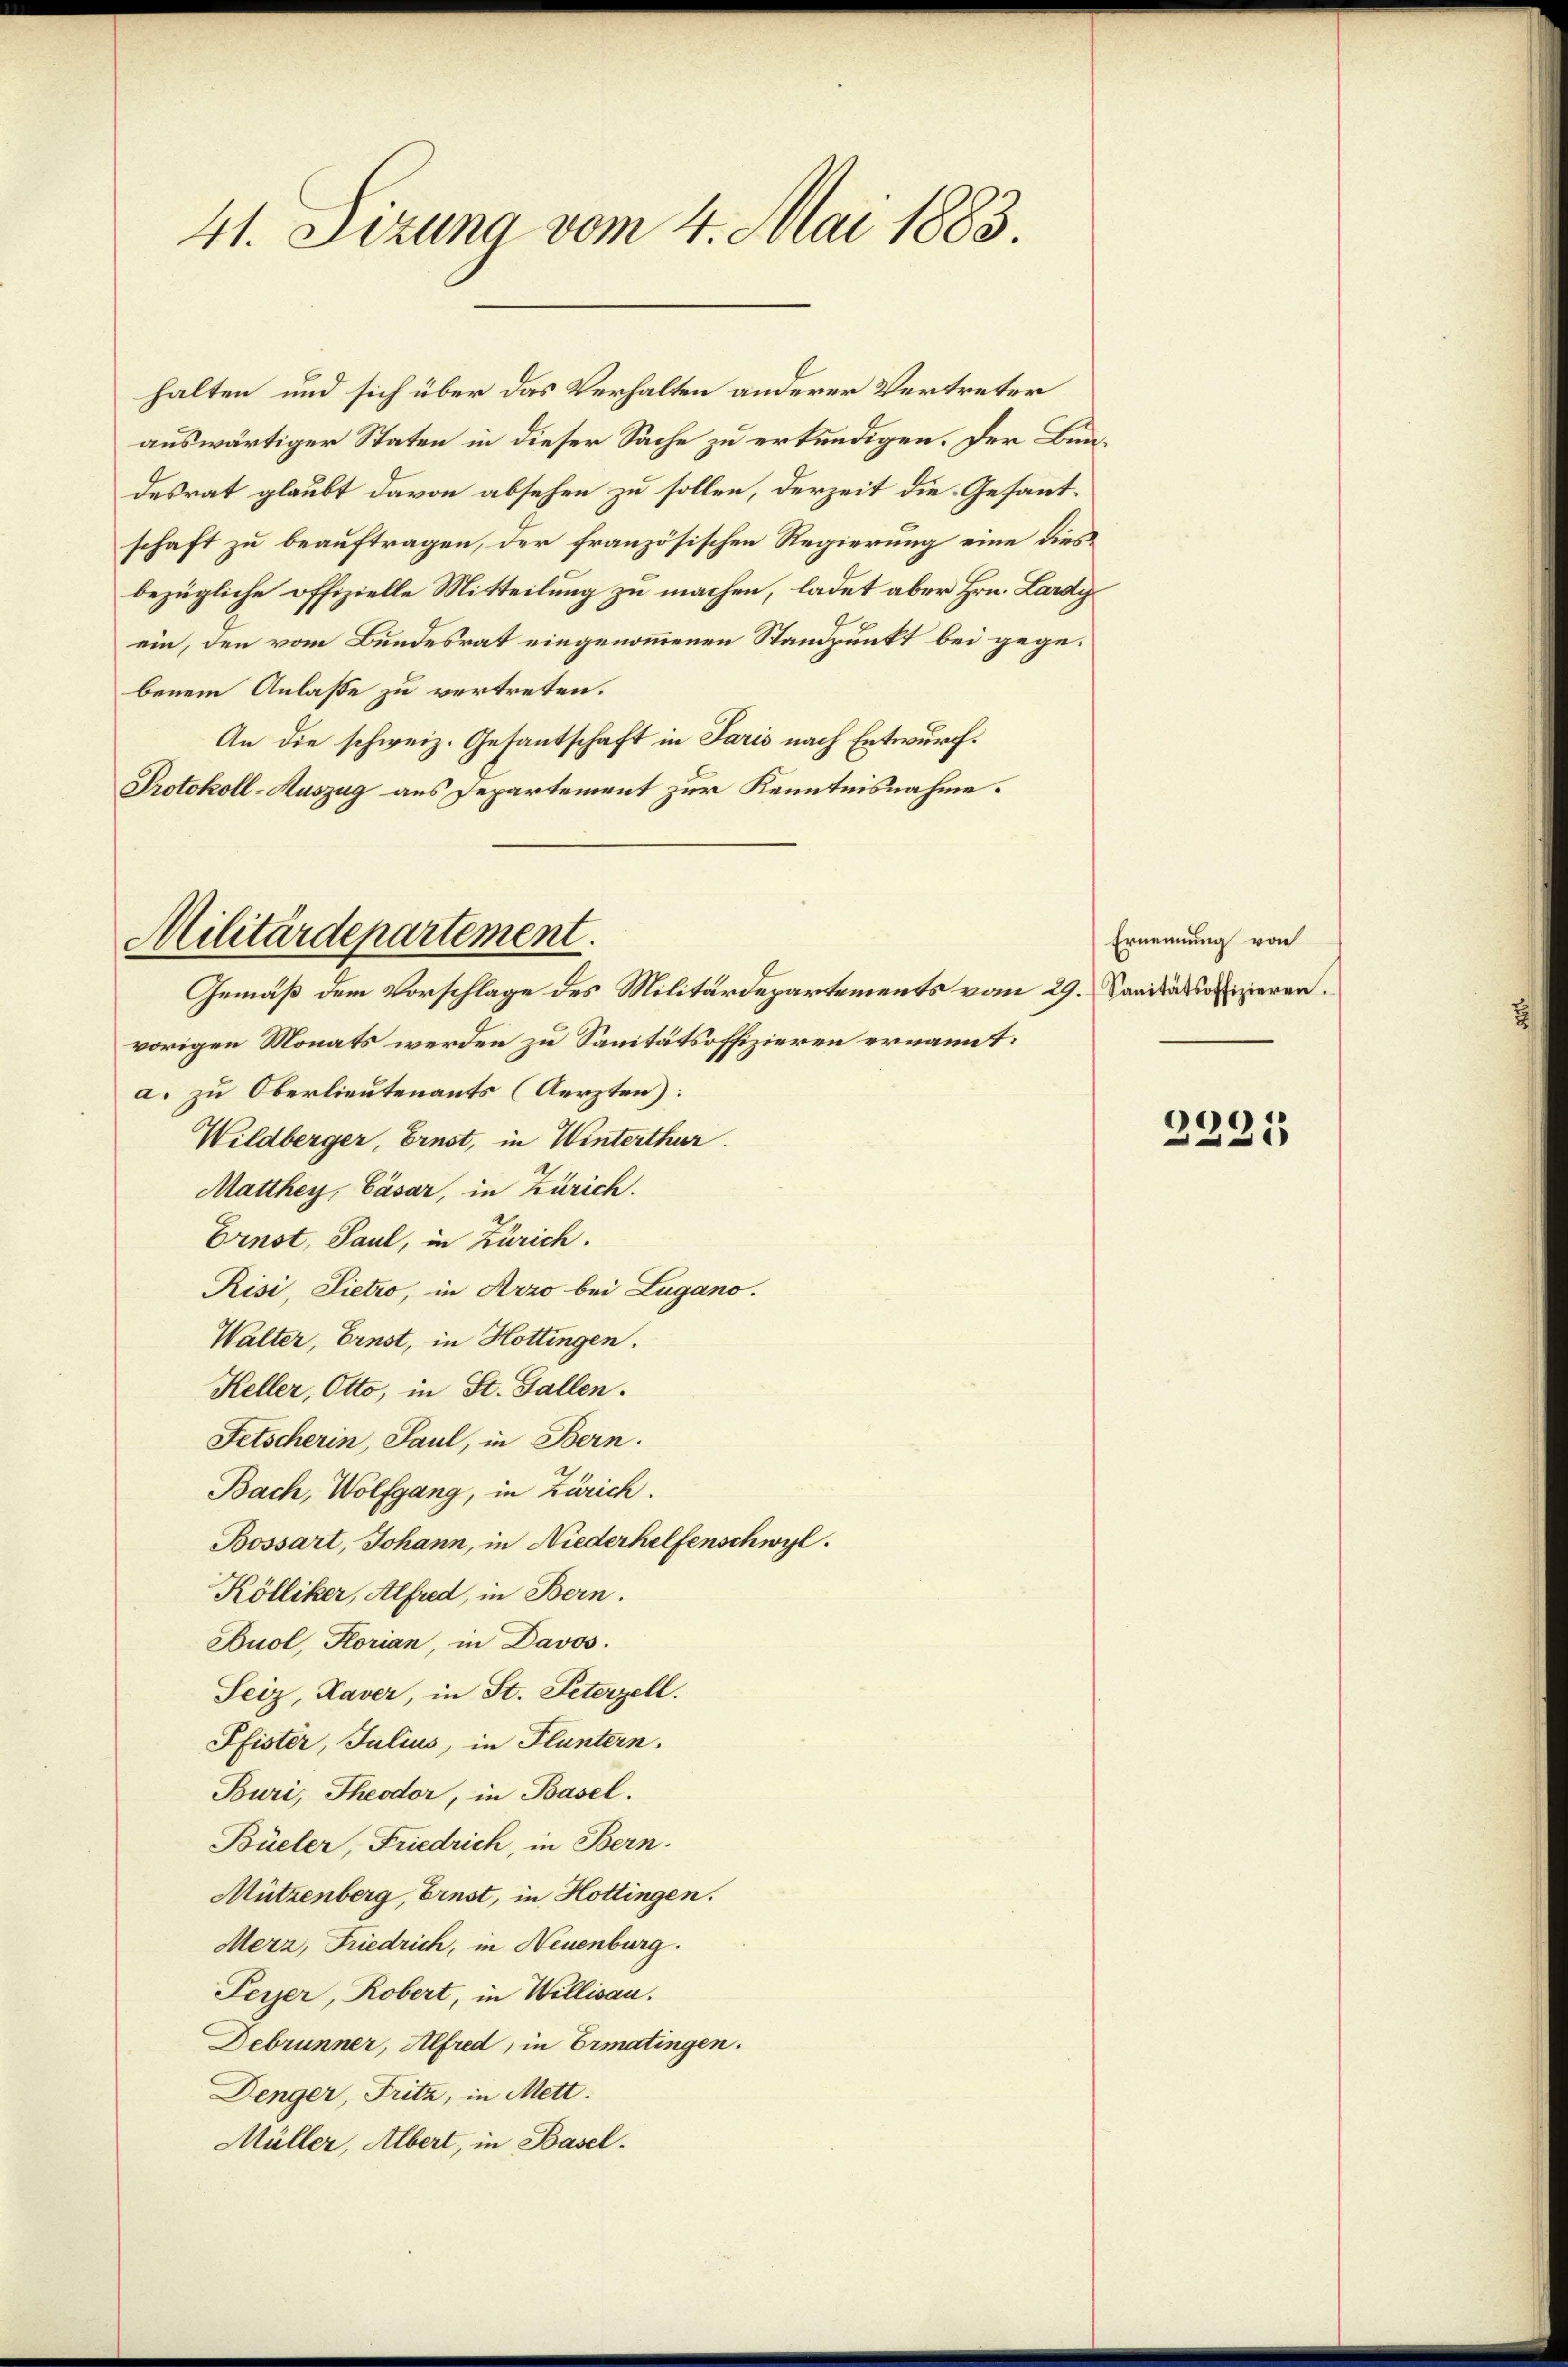
41. Sizung vom 4. Mai 1883.

halten und sich über das Verhalten anderer Vertreter
auswärtiger Staten in dieser Sache zu erkundigen. Der Bundesrat glaubt davon absehen zu sollen, derzeit die Gesantschaft zu beauftragen, der französischen Regierung eine dies
bezügliche offizielle Mitteilung zu machen, ladet aber Hrn. Lardyein, den vom Bundesrat eingenommenen Standpunkt bei gegebenem Anlasse zu vertreten.
An die schweiz. Gesantschaft in Paris nach Entwurf.
Protokoll-Auszug aus Departement zur Kenntnisnahme.

Militärdepartement.

Gemäß dem Vorschlage des Militärdepartements vom 29. Saniiassofizieren.
vorigen Monats werden zu Sanitätsoffizieren ernannt:
a. zu Oberlieutenants (Aerzten):
Wildberger, Ernst, in Winterthur.
Matthey, Cäsar, in Zürich.
Ernst, Paul, in Zürich.
Risi, Pietro, in Arzo bei Lugano.
Walter, Ernst, in Hottingen.
Keller, Otto, in St. Gallen.
Fetscherin, Paul, in Bern.
Bach, Wolfgang, in Zürich.
Bossart, Johann, in Niederhelfenschwyl
Kölliker, Alfred, in Bern.
Buol, Florian, in Davos.
Seiz, Kaver, in St. Peterzell.
Pfister, Julius, in Fluntern.
Buri, Theodor, in Basel.
Büeler, Friedrich, in Bern.
Mützenberg, Ernst, in Hottingen.
Merz, Friedrich, in Neuenburg.
Peyer, Robert, in Willisau.
Debrunner, Alfred, in Ermatingen.
Denger, Fritz, in Mett.
Müller, Albert, in Basel.

Ernennung von

d
225